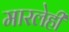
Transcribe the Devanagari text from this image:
मारलेही